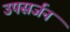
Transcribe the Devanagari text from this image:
उपसर्जन